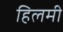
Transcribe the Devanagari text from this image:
हिलमी